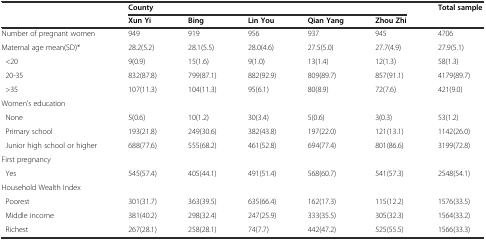
<table><thead><tr><td rowspan="2"></td><td colspan="5"><b>County</b></td><td rowspan="2"><b>Total sample</b></td></tr><tr><td><b>Xun Yi</b></td><td><b>Bing</b></td><td><b>Lin You</b></td><td><b>Qian Yang</b></td><td><b>Zhou Zhi</b></td></tr></thead><tbody><tr><td>Number of pregnant women</td><td>949</td><td>919</td><td>956</td><td>937</td><td>945</td><td>4706</td></tr><tr><td>Maternal age mean(SD)*</td><td>28.2(5.2)</td><td>28.1(5.5)</td><td>28.0(4.6)</td><td>27.5(5.0)</td><td>27.7(4.9)</td><td>27.9(5.1)</td></tr><tr><td> &lt;20</td><td>9(0.9)</td><td>15(1.6)</td><td>9(1.0)</td><td>13(1.4)</td><td>12(1.3)</td><td>58(1.3)</td></tr><tr><td> 20-35</td><td>832(87.8)</td><td>799(87.1)</td><td>882(92.9)</td><td>809(89.7)</td><td>857(91.1)</td><td>4179(89.7)</td></tr><tr><td> &gt;35</td><td>107(11.3)</td><td>104(11.3)</td><td>95(6.1)</td><td>80(8.9)</td><td>72(7.6)</td><td>421(9.0)</td></tr><tr><td>Women’s education</td><td></td><td></td><td></td><td></td><td></td><td></td></tr><tr><td> None</td><td>5(0.6)</td><td>10(1.2)</td><td>30(3.4)</td><td>5(0.6)</td><td>3(0.3)</td><td>53(1.2)</td></tr><tr><td> Primary school</td><td>193(21.8)</td><td>249(30.6)</td><td>382(43.8)</td><td>197(22.0)</td><td>121(13.1)</td><td>1142(26.0)</td></tr><tr><td> Junior high school or higher</td><td>688(77.6)</td><td>555(68.2)</td><td>461(52.8)</td><td>694(77.4)</td><td>801(86.6)</td><td>3199(72.8)</td></tr><tr><td>First pregnancy</td><td></td><td></td><td></td><td></td><td></td><td></td></tr><tr><td> Yes</td><td>545(57.4)</td><td>405(44.1)</td><td>491(51.4)</td><td>568(60.7)</td><td>541(57.3)</td><td>2548(54.1)</td></tr><tr><td>Household Wealth Index</td><td></td><td></td><td></td><td></td><td></td><td></td></tr><tr><td> Poorest</td><td>301(31.7)</td><td>363(39.5)</td><td>635(66.4)</td><td>162(17.3)</td><td>115(12.2)</td><td>1576(33.5)</td></tr><tr><td> Middle income</td><td>381(40.2)</td><td>298(32.4)</td><td>247(25.9)</td><td>333(35.5)</td><td>305(32.3)</td><td>1564(33.2)</td></tr><tr><td> Richest</td><td>267(28.1)</td><td>258(28.1)</td><td>74(7.7)</td><td>442(47.2)</td><td>525(55.5)</td><td>1566(33.3)</td></tr></tbody></table>